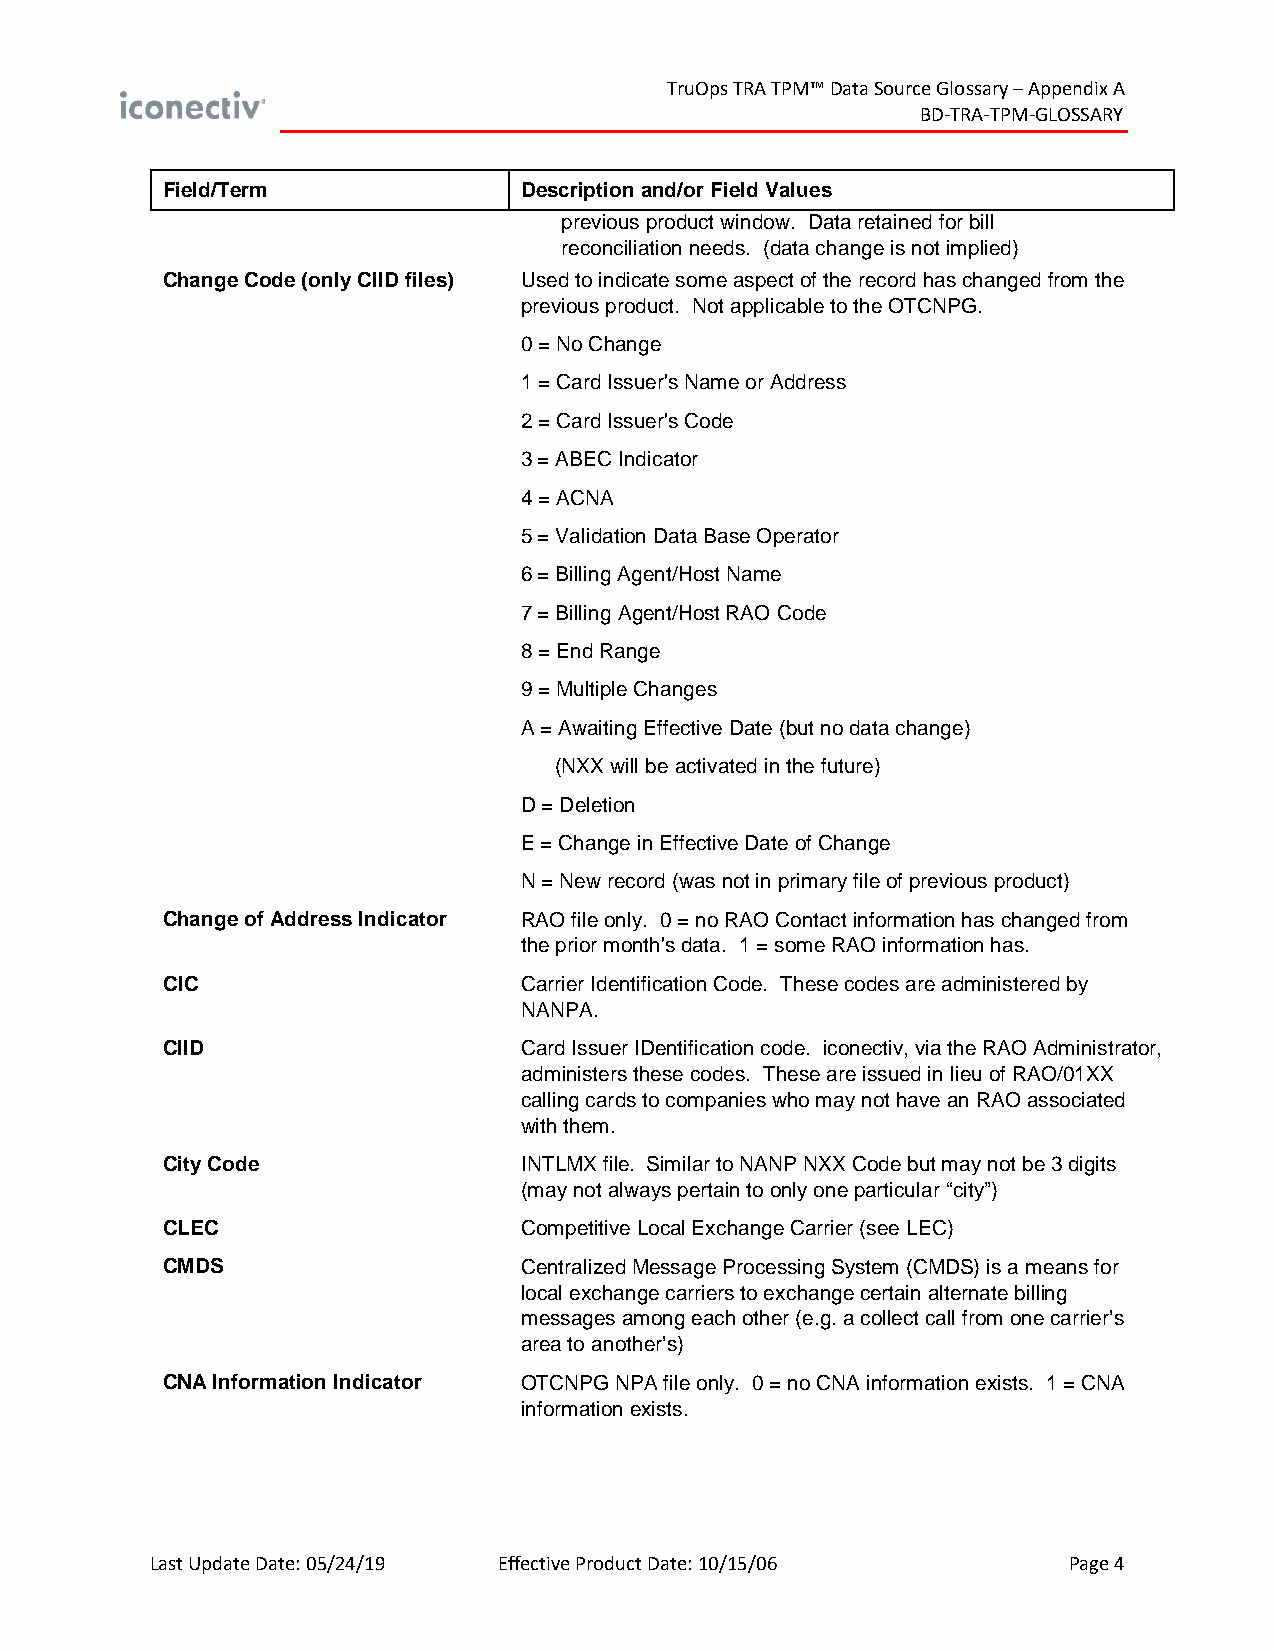
TruOps TRA TPM™ Data Source Glossary – Appendix A
 BD-TRA-TPM-GLOSSARY
 Field/Term             Description and/or Field Values
 previous product window. Data retained for bill
 reconciliation needs. (data change is not implied)
 Change Code (only CIID files) Used to indicate some aspect of the record has changed from the
 previous product. Not applicable to the OTCNPG.
 0 = No Change
 1 = Card Issuer's Name or Address
 2 = Card Issuer's Code
 3 = ABEC Indicator
 4 = ACNA
 5 = Validation Data Base Operator
 6 = Billing Agent/Host Name
 7 = Billing Agent/Host RAO Code
 8 = End Range
 9 = Multiple Changes
 A = Awaiting Effective Date (but no data change)
 (NXX will be activated in the future)
 D = Deletion
 E = Change in Effective Date of Change
 N = New record (was not in primary file of previous product)
 Change of Address Indicator RAO file only. 0 = no RAO Contact information has changed from
 the prior month's data. 1 = some RAO information has.
 CIC                    Carrier Identification Code. These codes are administered by
 NANPA.
 CIID                   Card Issuer IDentification code. iconectiv, via the RAO Administrator,
 administers these codes. These are issued in lieu of RAO/01XX
 calling cards to companies who may not have an RAO associated
 with them.
 City Code              INTLMX file. Similar to NANP NXX Code but may not be 3 digits
 (may not always pertain to only one particular “city”)
 CLEC                   Competitive Local Exchange Carrier (see LEC)
 CMDS                   Centralized Message Processing System (CMDS) is a means for
 local exchange carriers to exchange certain alternate billing
 messages among each other (e.g. a collect call from one carrier’s
 area to another’s)
 CNA Information Indicator OTCNPG NPA file only. 0 = no CNA information exists. 1 = CNA
 information exists.
 Last Update Date: 05/24/19 Effective Product Date: 10/15/06  Page 4